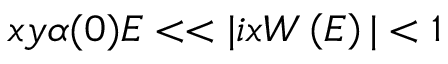
x y \alpha ( 0 ) E < < | i x W \left( E \right) | < 1